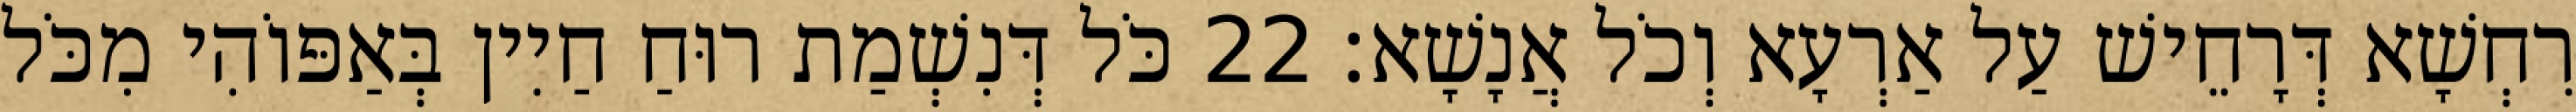
רִחְשָׁא דְּרָחֵישׁ עַל אַרְעָא וְכֹל אֲנָשָׁא׃ 22 כֹּל דְּנִשְׁמַת רוּחַ חַיִין בְּאַפּוֹהִי מִכֹּל